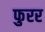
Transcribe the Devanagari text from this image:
फुरर